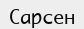
Сарсен